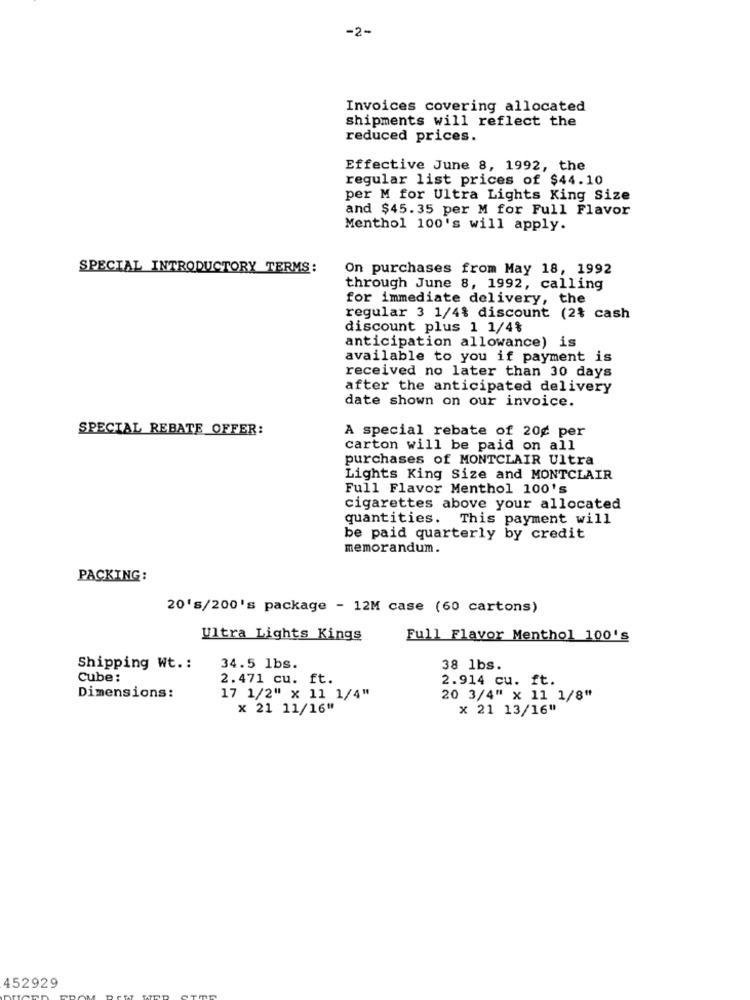
-2-
Invoices covering allocated
shipments will reflect the
reduced prices.
Effective June 8, 1992, the
regular list prices of $44.10
per M for Ultra Lights King Size
and $45.35 per M for Full Flavor
Menthol 100's will apply.
SPECIAL INTRODUCTORY TERMS:
On purchases from May 18, 1992
through June 8, 1992, calling
for immediate delivery, the
regular 3 1/4% discount (2% cash
discount plus 1 1/4%
anticipation allowance) is
available to you if payment is
received no later than 30 days
after the anticipated delivery
date shown on our invoice.
SPECIAL REBATE OFFER:
A special rebate of 20¢ per
carton will be paid on all
purchases of MONTCLAIR Ultra
Lights King Size and MONTCLAIR
Full Flavor Menthol 100's
cigarettes above your allocated
quantities. This payment will
be paid quarterly by credit
memorandum.
PACKING :
20's/200's package - 12M case (60 cartons)
Ultra Lights Kings
Full Flavor Menthol 100's
Shipping Wt .:
34.5 lbs.
38 1bs.
Cube:
2.471 cu. ft.
2.914 cu. ft.
Dimensions:
17 1/2" x 11 1/4"
20 3/4" x 11 1/8"
x 21 11/16"
x 21 13/16"
452929